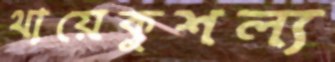
থায়েকুশল্য